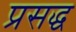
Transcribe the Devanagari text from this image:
प्रसद्ध